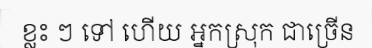
ខ្លះ ៗ ទៅ ហើយ អ្នកស្រុក ជាច្រើន